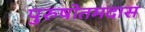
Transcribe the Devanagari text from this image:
पुरुषोतमदास